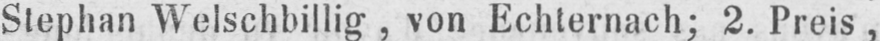
Stephan Welschbillig, von Echternach; 2. Preis,